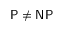
{ \mathsf { P } } \neq { \mathsf { N P } }